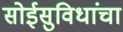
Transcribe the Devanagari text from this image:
सोईसुविधांचा